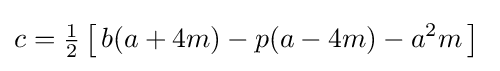
c={\tfrac {1}{2}}\left[\,b(a+4m)-p(a-4m)-a^{2}m\,\right]\;